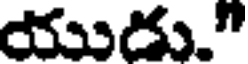
యుదు."